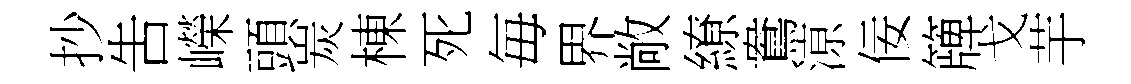
抄吿嶸頭炭棟死毎界敞繚鴦鿌佞簰戈芋